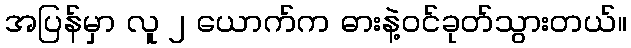
အပြန်မှာ လူ ၂ ယောက်က ဓားနဲ့ဝင်ခုတ်သွားတယ်။